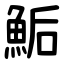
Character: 鮜